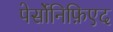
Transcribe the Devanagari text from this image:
पेर्सोनिफ़िएद